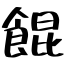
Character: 餛